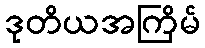
ဒုတိယအကြိမ်